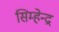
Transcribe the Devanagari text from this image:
सिम्हेन्द्र